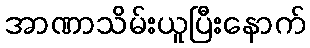
အာဏာသိမ်းယူပြီးနောက်